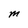
Character: M